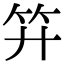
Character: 𥫠